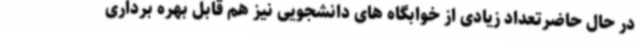
در حال حاضرتعداد زیادی از خوابگاه های دانشجویی نیز هم قابل بهره برداری